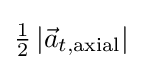
{\textstyle {\frac {1}{2}}\left|{\vec {a}}_{t,{\text{axial}}}\right|}